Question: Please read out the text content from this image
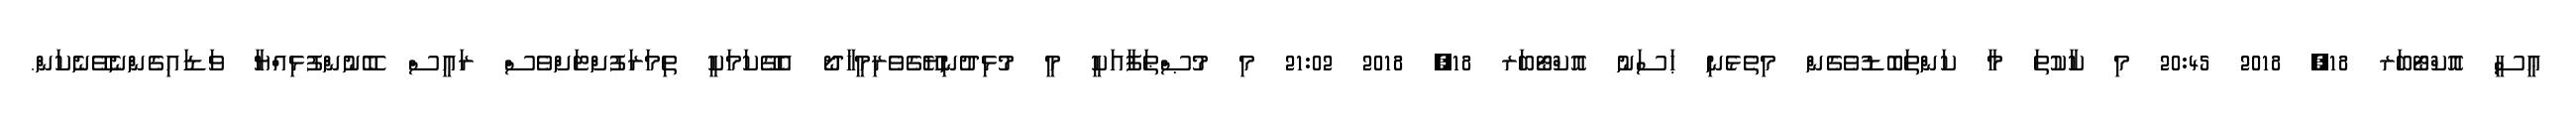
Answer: ޢީސީ އޮކްޓޯބަރ 18, 2018 20:45 މި ކާކުތަ މާ ކަންތަބޮޑުވެގެން މިތެޅެނި ޙަސަނު އޮކްޓޯބަރ 18, 2018 21:02 މި މުޞްޠަފާއަކީ މީ މުޅިދުނިޔޭގެވެރިމީހާދޯ އެގޭކަމަކީ ތިމަރަފުށްޓަށްވެސް ރައީސް ބޭނުންފުޅިއްޔާ ވަޑައިގެންނެވޭނެކަން.